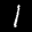
Label: 1